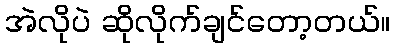
အဲလိုပဲ ဆိုလိုက်ချင်တော့တယ်။